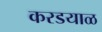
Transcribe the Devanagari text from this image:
करडयाळ